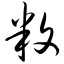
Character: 敉